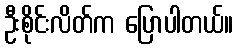
ဦးစိုင်းလိတ်က ပြောပါတယ်။